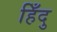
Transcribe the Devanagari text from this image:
हिँदु